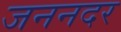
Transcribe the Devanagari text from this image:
जननदर